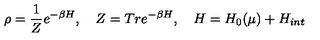
\rho = \frac { 1 } { Z } e ^ { - \beta H } , \quad Z = T r e ^ { - \beta H } , \quad H = H _ { 0 } ( \mu ) + H _ { i n t }